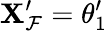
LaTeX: \mathbf{X}_{\mathcal{F}}^{\prime}=\theta_{1}^{\prime}